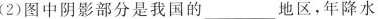
(2)图中阴影部分是我国的___地区，年降水